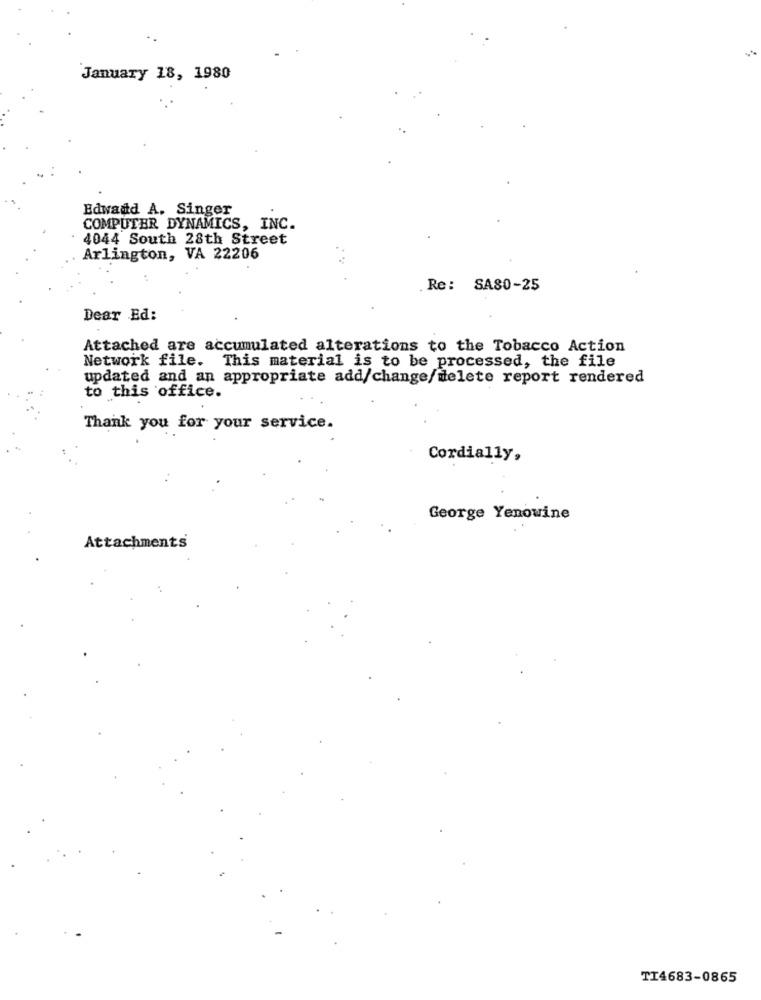
January 18, 1980
Edward A. Singer
COMPUTER DYNAMICS, INC.
4044 South 28th Street
Arlington, VA 22206
Re: SA80-25
Dear Ed:
Attached are accumulated alterations to the Tobacco Action
Network file. This material is to be processed, the file
updated and an appropriate add/change/delete report rendered
to this office.
Thank you for your service.
Cordially,
George Yenowine
Attachments
TI4683-0865